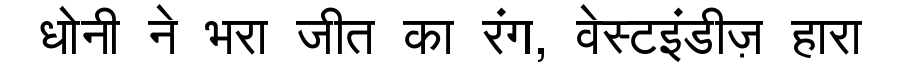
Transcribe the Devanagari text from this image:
धोनी ने भरा जीत का रंग, वेस्टइंडीज़ हारा